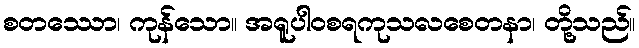
စတဿော၊ ကုန်သော။ အရူပါဝစရကုသလစေတနာ၊ တို့သည်။